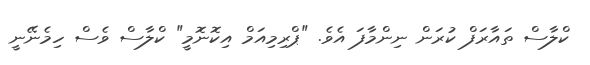
ކްލާސް ތައާރަފް ކުރަން ނިންމާފަ އެވެ. "ޕްރިމިއަމް އިކޮނޮމީ" ކްލާސް ވެސް ހިމެނޭނީ